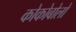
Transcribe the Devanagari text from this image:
कोकोबोलो